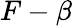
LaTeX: F-\beta